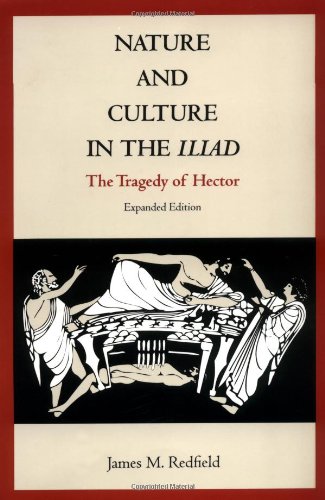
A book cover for Nature and Culture in the Iliad: The Tragedy of Hector; James M. Redfield; Literature & Fiction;